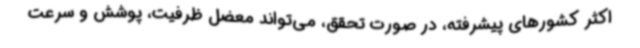
اکثر کشورهای پیشرفته، در صورت تحقق، می‌تواند معضل ظرفیت، پوشش و سرعت